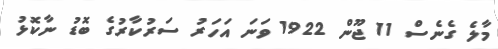
މާލެ ގެނެސް 11 ޖޫން 1922 ވަނަ އަހަރު ސަރުކާރުގެ ބޮޑު ނާކޮޅު